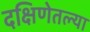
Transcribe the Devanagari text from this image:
दक्षिणेतल्या